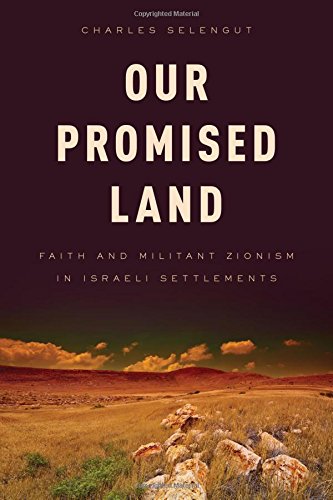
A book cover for Our Promised Land: Faith and Militant Zionism in Israeli Settlements; Charles Selengut; Christian Books & Bibles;